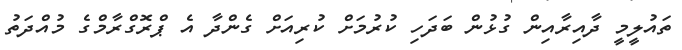
ތައުލީމީ ދާއިރާއިން ގުޅުން ބަދަހި ކުރުމަށް ކުރިއަށް ގެންދާ އެ ޕްރޮގްރާމްގެ މުއްދަތު